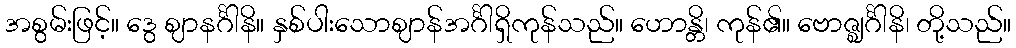
အစွမ်းဖြင့်။ ဒွေ ဈာနင်္ဂါနိ။ နှစ်ပါးသောဈာန်အင်္ဂါရှိကုန်သည်။ ဟောန္တိ၊ ကုန်၏။ ဗောဇ္ဈင်္ဂါနိ၊ တို့သည်။